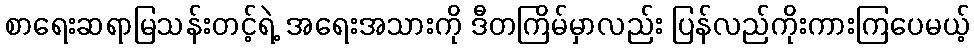
စာရေးဆရာမြသန်းတင့်ရဲ့ အရေးအသားကို ဒီတကြိမ်မှာလည်း ပြန်လည်ကိုးကားကြပေမယ့်